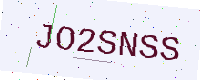
Text: JO2SNSS